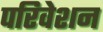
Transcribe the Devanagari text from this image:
परिवेशन